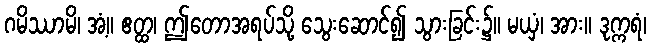
ဂမိဿာမိ၊ အံ့။ ဧတ္ထ၊ ဤတောအရပ်သို့ သွေးဆောင်၍ သွားခြင်း၌။ မယှံ၊ အား။ ဒုက္ကရံ၊